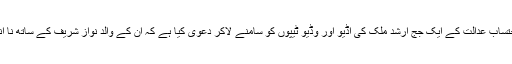
مریم نواز نے احتساب عدالت کے ایک جج ارشد ملک کی آڈیو اور وڈیو ٹیپوں کو سامنے لاکر دعویٰ کیا ہے کہ ان کے والد نواز شریف کے ساتھ نا انصافی ہوئی ہے۔